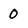
Character: 0